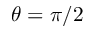
\theta = \pi / 2